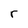
Character: r